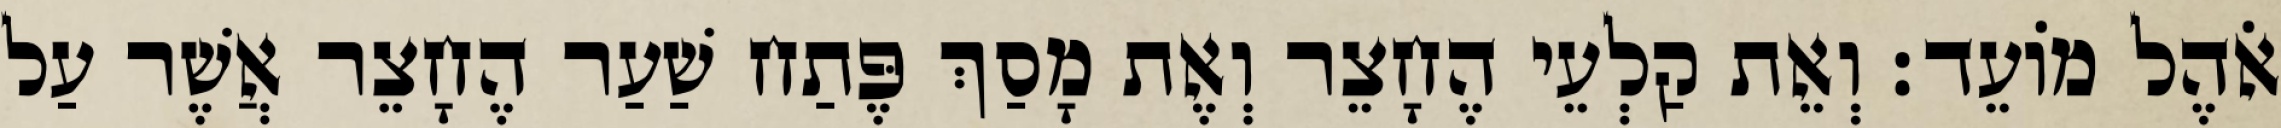
אֹהֶל מוֹעֵד׃ וְאֵת קַלְעֵי הֶחָצֵר וְאֶת מָסַךְ פֶּתַח שַׁעַר הֶחָצֵר אֲשֶׁר עַל